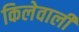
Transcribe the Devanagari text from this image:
किलेवाली